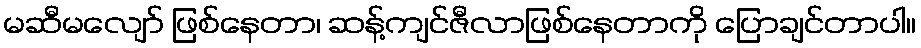
မဆီမလျော် ဖြစ်နေတာ၊ ဆန့်ကျင်ဇီလာဖြစ်နေတာကို ပြောချင်တာပါ။